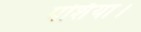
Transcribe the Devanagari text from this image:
पर्शिया।